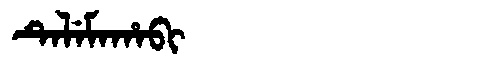
Manchu: ᡨᡝᠯᡝᠮᠠᡥᠠᠪᡳ
Romanization: TELEMAHABI